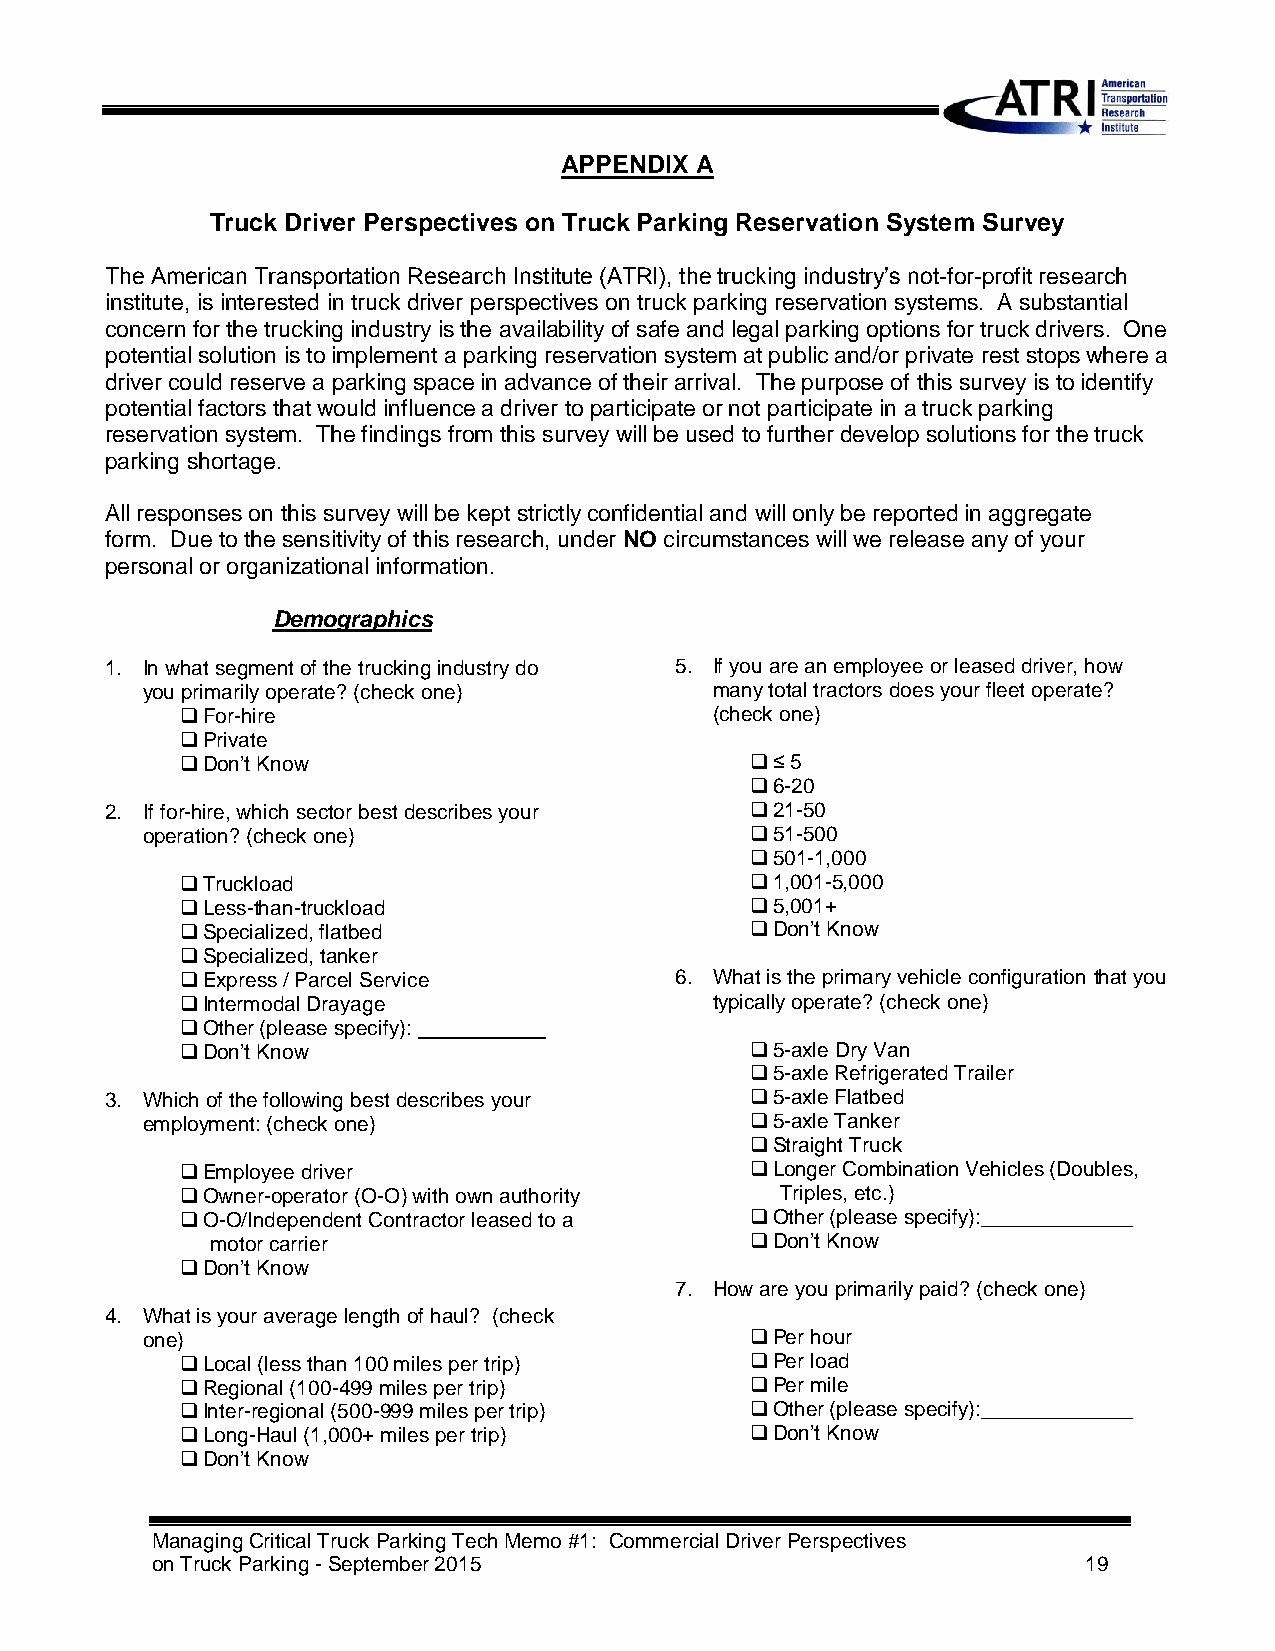
APPENDIX A
 Truck Driver Perspectives on Truck Parking Reservation System Survey
 The American Transportation Research Institute (ATRI), the trucking industry’s not-for-profit research
 institute, is interested in truck driver perspectives on truck parking reservation systems. A substantial
 concern for the trucking industry is the availability of safe and legal parking options for truck drivers. One
 potential solution is to implement a parking reservation system at public and/or private rest stops where a
 driver could reserve a parking space in advance of their arrival. The purpose of this survey is to identify
 potential factors that would influence a driver to participate or not participate in a truck parking
 reservation system. The findings from this survey will be used to further develop solutions for the truck
 parking shortage.
 All responses on this survey will be kept strictly confidential and will only be reported in aggregate
 form. Due to the sensitivity of this research, under NO circumstances will we release any of your
 personal or organizational information.
 Demographics
 1. In what segment of the trucking industry do 5. If you are an employee or leased driver, how
 you primarily operate? (check one)    many total tractors does your fleet operate?
  For-hire                         (check one)
  Private
  Don’t Know                           ≤ 5
  6-20
 2. If for-hire, which sector best describes your  21-50
 operation? (check one)                    51-500
  501-1,000
  Truckload                            1,001-5,000
  Less-than-truckload                  5,001+
  Specialized, flatbed                 Don’t Know
  Specialized, tanker
  Express / Parcel Service       6. What is the primary vehicle configuration that you
  Intermodal Drayage               typically operate? (check one)
  Other (please specify): ___________
  Don’t Know                           5-axle Dry Van
  5-axle Refrigerated Trailer
 3. Which of the following best describes your  5-axle Flatbed
 employment: (check one)                   5-axle Tanker
  Straight Truck
  Employee driver                      Longer Combination Vehicles (Doubles,
  Owner-operator (O-O) with own authority Triples, etc.)
  O-O/Independent Contractor leased to a  Other (please specify):_____________
 motor carrier                        Don’t Know
  Don’t Know
 7. How are you primarily paid? (check one)
 4. What is your average length of haul? (check
 one)                                      Per hour
  Local (less than 100 miles per trip)  Per load
  Regional (100-499 miles per trip)    Per mile
  Inter-regional (500-999 miles per trip)  Other (please specify):_____________
  Long-Haul (1,000+ miles per trip)    Don’t Know
  Don’t Know
 Managing Critical Truck Parking Tech Memo #1: Commercial Driver Perspectives
 on Truck Parking - September 2015                             19